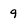
Character: 9